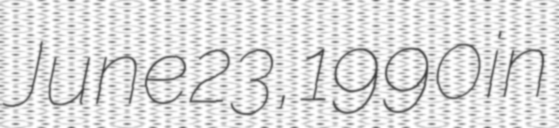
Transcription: June 23, 1990 in